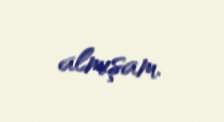
almışam.